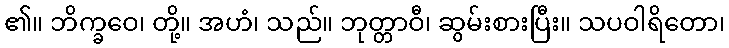
၏။ ဘိက္ခဝေ၊ တို့။ အဟံ၊ သည်။ ဘုတ္တာဝီ၊ ဆွမ်းစားပြီး။ သပဝါရိတော၊